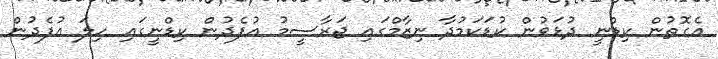
އެގޮތުން ކިޑްނީ ދުޅަވުން ކުޑަކަމުދާ ނިޒާމްގައި ޖަރާސީމު އުފެދުން ކިޑްނީގައި ހިލަ އުފެދުން